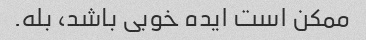
ممکن است ایده خوبی باشد، بله.